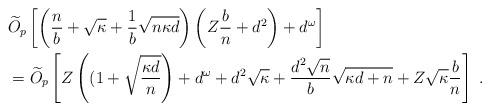
LaTeX: \begin{align*}& \widetilde{O}_{p}\left[\left(\frac{n}{b}+\sqrt{\kappa}+\frac{1}{b}\sqrt{n\kappa d}\right) \left(Z\frac{b}{n}+d^{2}\right)+d^{\omega}\right] \\& = \widetilde{O}_{p}\left[Z\left((1+ \sqrt{\frac{\kappa d}{n}}\right) + d^{\omega} + d^2 \sqrt{\kappa} + \frac{d^2 \sqrt{n}}{b} \sqrt{\kappa d + n} + Z \sqrt{\kappa} \frac{b}{n} \right] ~.\end{align*}